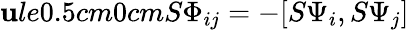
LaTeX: \mathbf{u}le{0.5cm}{0cm}S\Phi_{ij}=-[S\Psi_{i},S\Psi_{j}]